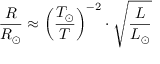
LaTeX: { \frac { R } { R _ { \odot } } } \approx \left( { \frac { T _ { \odot } } { T } } \right) ^ { - 2 } \cdot { \sqrt { \frac { L } { L _ { \odot } } } }